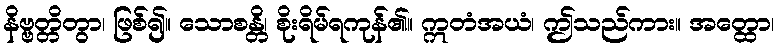
နိဗ္ဗတ္တိတွာ၊ ဖြစ်၍။ သောစန္တိ၊ စိုးရိမ်ရကုန်၏။ ဣတံအယံ၊ ဤသည်ကား။ အတ္ထော၊